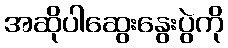
အဆိုပါဆွေးနွေးပွဲကို